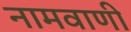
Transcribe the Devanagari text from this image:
नामवाणी